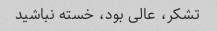
تشکر، عالی بود، خسته نباشید